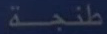
طنجمة